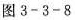
图 3-3-8